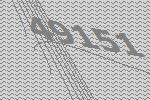
49151